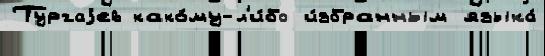
Тургаjев како́му-л'и́бо и́збранным языка́